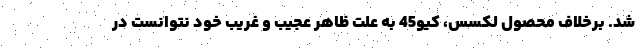
شد. برخلاف محصول لکسس، کیو45 به علت ظاهر عجیب و غریب خود نتوانست در